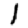
Digit: 1